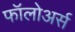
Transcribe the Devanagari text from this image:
फॉलोअर्स